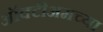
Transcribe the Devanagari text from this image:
ऑक्टीअमच्या